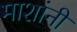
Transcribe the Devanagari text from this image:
माशांनी